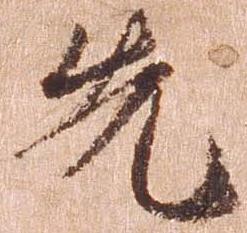
先